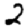
Digit: 2